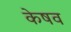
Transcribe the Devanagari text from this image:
केषव